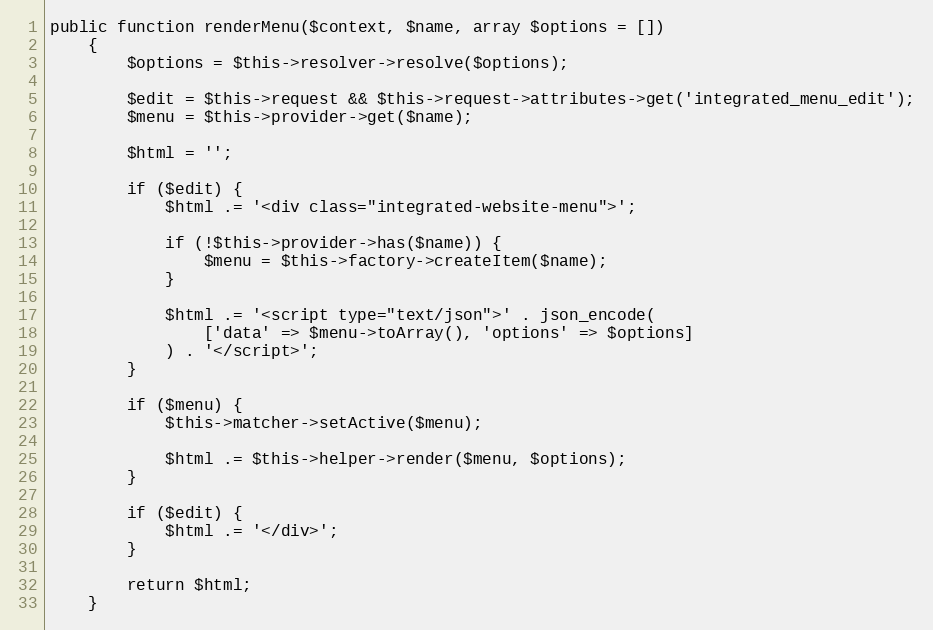
Language: PHP
public function renderMenu($context, $name, array $options = [])
    {
        $options = $this->resolver->resolve($options);

        $edit = $this->request && $this->request->attributes->get('integrated_menu_edit');
        $menu = $this->provider->get($name);

        $html = '';

        if ($edit) {
            $html .= '<div class="integrated-website-menu">';

            if (!$this->provider->has($name)) {
                $menu = $this->factory->createItem($name);
            }

            $html .= '<script type="text/json">' . json_encode(
                ['data' => $menu->toArray(), 'options' => $options]
            ) . '</script>';
        }

        if ($menu) {
            $this->matcher->setActive($menu);

            $html .= $this->helper->render($menu, $options);
        }

        if ($edit) {
            $html .= '</div>';
        }

        return $html;
    }